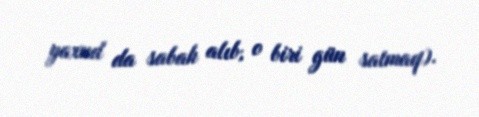
yaxud da sabah alıb, o biri gün satmaq).